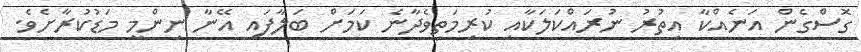
ގޮސްގެން އަނެއްކާ އިތުރު ނުރައްކަލަކާއި ކުރިމަތިވެދާނެ ކަމަށް ބަލާފައި އޭނާ ނިންމީ މަޑުކުރާށެވެ.